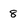
Character: 8